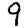
Digit: 9